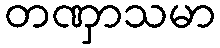
တဏှာသမာ